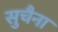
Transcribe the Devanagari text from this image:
सुचैना